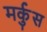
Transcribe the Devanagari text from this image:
मर्कुस